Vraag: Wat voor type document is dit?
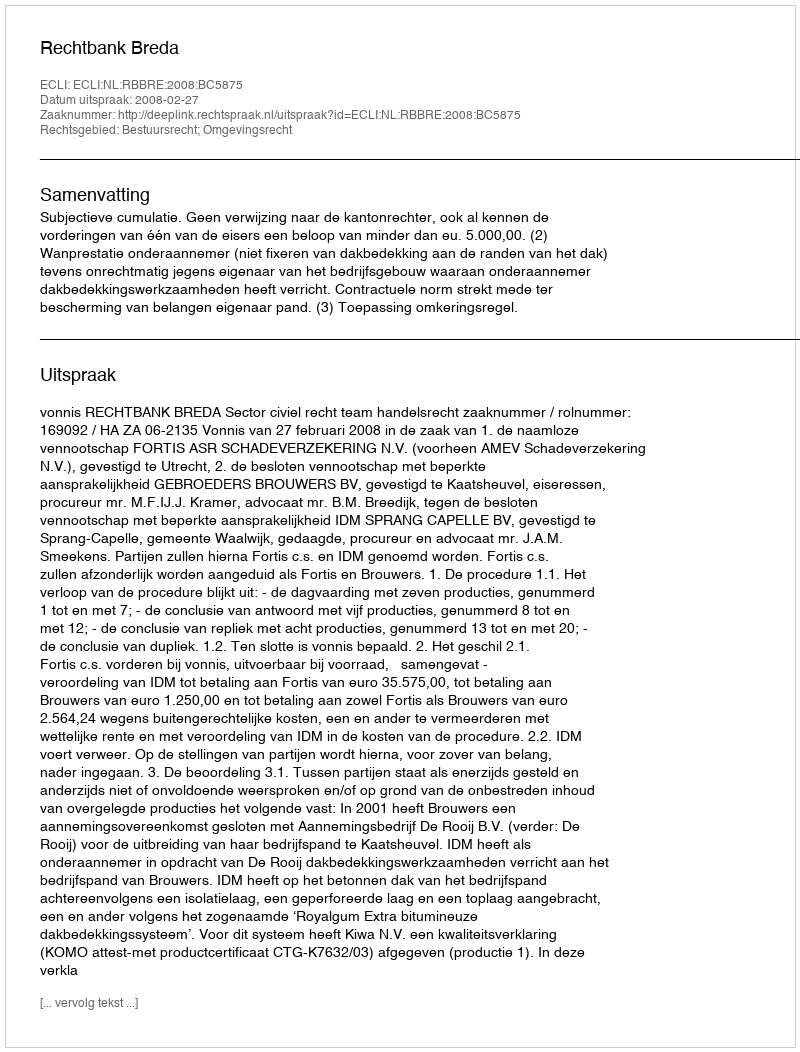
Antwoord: Uitspraak